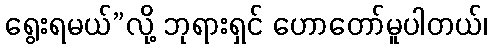
ရွေးရမယ်”လို့ ဘုရားရှင် ဟောတော်မူပါတယ်၊